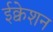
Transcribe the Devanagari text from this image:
ईक्वेशन